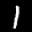
Label: 1